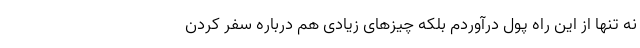
نه تنها از این راه پول درآوردم بلکه چیزهای زیادی هم درباره سفر کردن